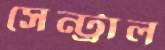
সেন্ট্রাল